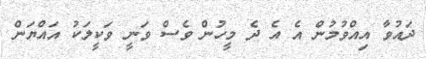
ދައުވާ އިއްވުމުން އެ އެ ދެ މީހުން ވެސް ވަނީ ވަކީލަކު އައްޔަން